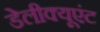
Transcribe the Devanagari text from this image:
डेलीक्यूएंट